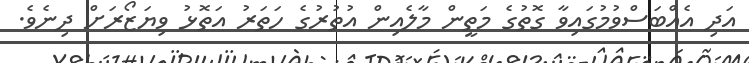
އަދި އެއްބަސްވުމުގައިވާ ގޮތުގެ މަތީން މާލެއިން އުތުރުގެ ހަތަރު އަތޮޅު ވިޔަޒޯރަށް ދިނެވެ.